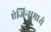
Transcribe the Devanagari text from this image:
एंजिन्समध्ये